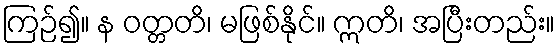
ကြဉ်၍။ န ဝတ္တတိ၊ မဖြစ်နိုင်။ ဣတိ၊ အပြီးတည်း။